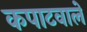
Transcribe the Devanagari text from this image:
कपाटवाले